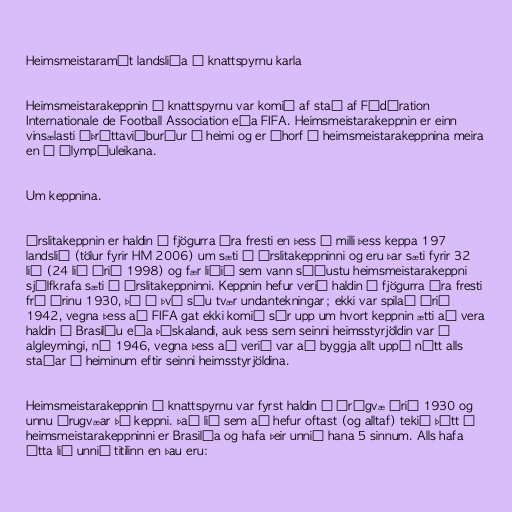
Heimsmeistaramót landsliða í knattspyrnu karla

Heimsmeistarakeppnin í knattspyrnu var komið af stað af Fédération
Internationale de Football Association eða FIFA. Heimsmeistarakeppnin er einn
vinsælasti íþróttaviðburður í heimi og er áhorf á heimsmeistarakeppnina meira
en á Ólympíuleikana.

Um keppnina.

Úrslitakeppnin er haldin á fjögurra ára fresti en þess á milli þess keppa 197
landslið (tölur fyrir HM 2006) um sæti í úrslitakeppninni og eru þar sæti fyrir 32
lið (24 lið árið 1998) og fær liðið sem vann síðustu heimsmeistarakeppni
sjálfkrafa sæti í úrslitakeppninni. Keppnin hefur verið haldin á fjögurra ára fresti
frá árinu 1930, þó á því séu tvær undantekningar; ekki var spilað árið
1942, vegna þess að FIFA gat ekki komið sér upp um hvort keppnin ætti að vera
haldin í Brasilíu eða Þýskalandi, auk þess sem seinni heimsstyrjöldin var í
algleymingi, né 1946, vegna þess að verið var að byggja allt uppá nýtt alls
staðar í heiminum eftir seinni heimsstyrjöldina.

Heimsmeistarakeppnin í knattspyrnu var fyrst haldin í Úrúgvæ árið 1930 og
unnu Úrugvæar þá keppni. Það lið sem að hefur oftast (og alltaf) tekið þátt í
heimsmeistarakeppninni er Brasilía og hafa þeir unnið hana 5 sinnum. Alls hafa
átta lið unnið titilinn en þau eru: